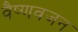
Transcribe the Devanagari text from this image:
वैष्णवजन